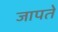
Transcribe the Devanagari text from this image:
जापते